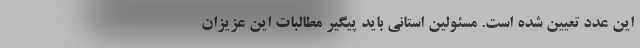
این عدد تعیین شده است. مسئولین استانی باید پیگیر مطالبات این عزیزان